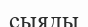
сыяды